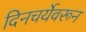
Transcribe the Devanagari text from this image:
दिनचर्येवरून